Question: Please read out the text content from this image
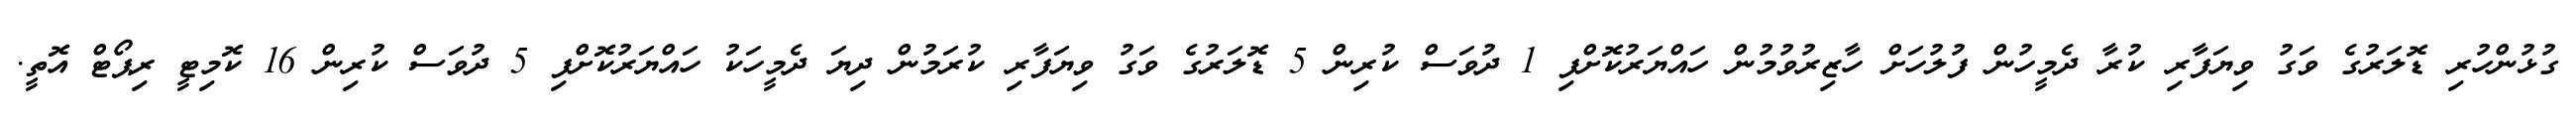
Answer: ގުޅުންހުރި ޑޮލަރުގެ ވަގު ވިޔަފާރި ކުރާ ދެމީހުން ފުލުހަށް ހާޒިރުވުމުން ހައްޔަރުކޮށްފި 1 ދުވަސް ކުރިން 5 ޑޮލަރުގެ ވަގު ވިޔަފާރި ކުރަމުން ދިޔަ ދެމީހަކު ހައްޔަރުކޮށްފި 5 ދުވަސް ކުރިން 16 ކޮމިޓީ ރިޕޯޓް އޮތީ.